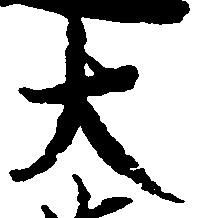
大